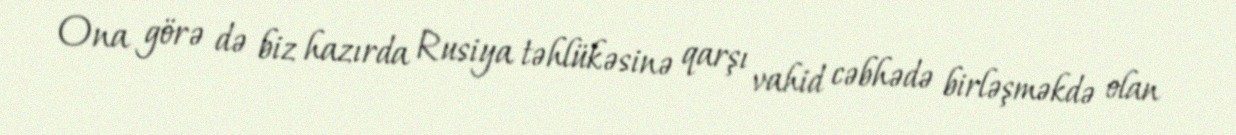
Ona görə də biz hazırda Rusiya təhlükəsinə qarşı vahid cəbhədə birləşməkdə olan